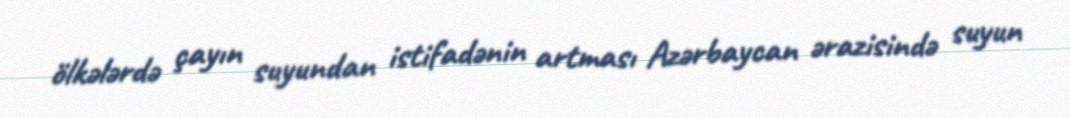
ölkələrdə çayın suyundan istifadənin artması Azərbaycan ərazisində suyun